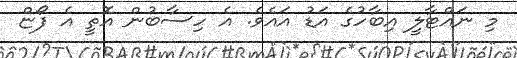
މި ނައްޓާލީ އިބާހުގެ އަޑު އައެވެ. އެ ހިސާބުން އޮތީ އެ ފޯޏް